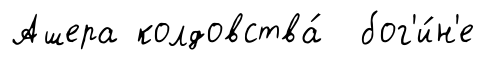
Ашера колдовства́ бог'и́н'е